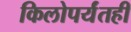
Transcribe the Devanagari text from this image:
किलोपर्यंतही